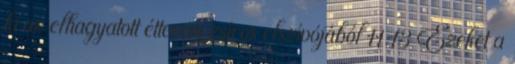
ki az elhagyatott étterem zsíros elszívójából 11:13 Ezeket a